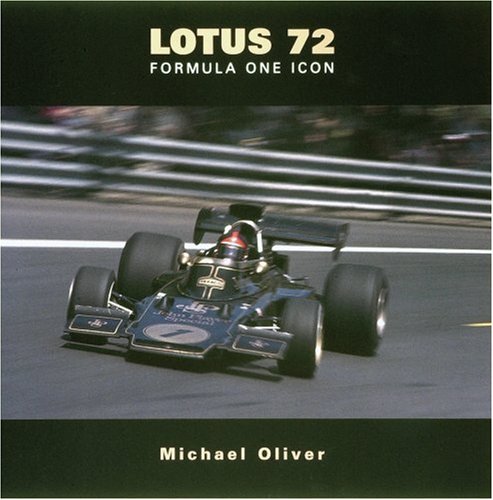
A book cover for Lotus Type 72: The History of an F1 Icon; Michael Oliver; Engineering & Transportation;